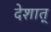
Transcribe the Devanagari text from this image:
देशात्